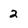
Character: 2